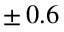
\pm \, 0 . 6 \, \